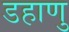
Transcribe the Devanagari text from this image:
डहाणु